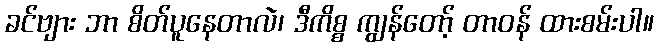
ခင်ဗျား ဘာ စိတ်ပူနေတာလဲ၊ ဒီကိစ္စ ကျွန်တော့် တာဝန် ထားစမ်းပါ။